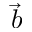
\vec { b }